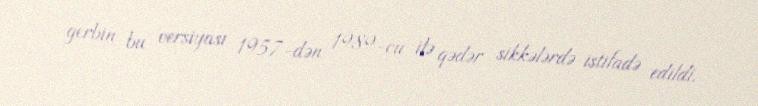
gerbin bu versiyası 1957-dən 1989-cu ilə qədər sikkələrdə istifadə edildi.